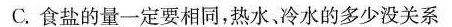
C.食盐的量一定要相同，热水，冷水的多少没关系